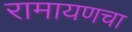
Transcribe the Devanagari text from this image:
रामायणचा